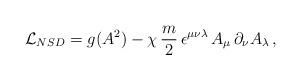
LaTeX: \begin{align*}{\cal L}_{NSD} = g(A^{2}) - \chi\,\frac{m}{2}\, \epsilon^{\mu\nu\lambda}\,A_{\mu}\,\partial_{\nu} A_{\lambda}\,, \end{align*}